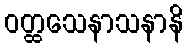
ဝတ္ထသေနာသနာနိ